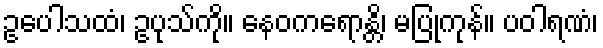
ဥပေါသထံ၊ ဥပုသ်ကို။ နေဝကရောန္တိ၊ မပြုကုန်။ ပဝါရဏံ၊